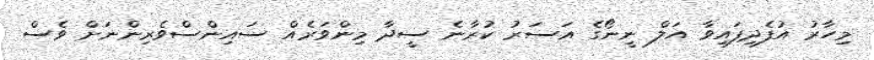
މިހާރު އުފެދިފައިވާ އަލް ނީނޯގެ އަސަރު ކުރާނެ ސީދާ މިންވަރެއް ސައިންސްވެރިންނަށް ވެސް